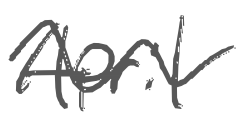
Text: April
Cross-out: wave
Writing tool: digital_gray